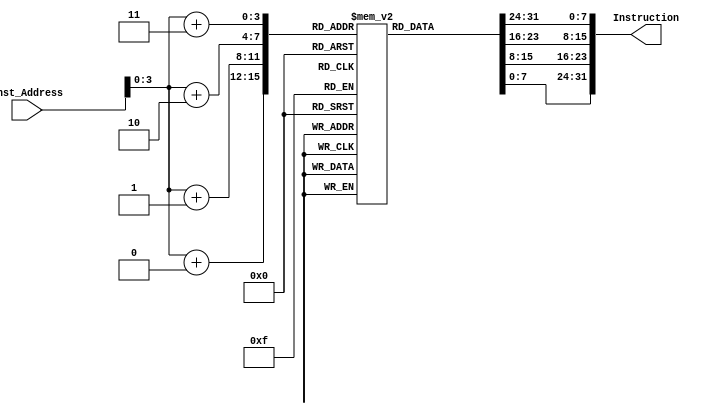
module Instruction_Memory(
  input [63:0] Inst_Address,
  output reg [31:0] Instruction

);
  
  reg [7:0] Instruction_Memory [15:0];
  
  initial
    begin 
      
      Instruction_Memory[7] = 8'b00000000;   // this 2nd
      Instruction_Memory[6] = 8'b10100;    // addi x9, x9, 1
      Instruction_Memory[5] = 8'b10000100;     // Start the binary code from left into 0
      Instruction_Memory[4] = 8'b10010011;
      
      Instruction_Memory[3] = 8'b00000000;		// sabse pahle ye chalaygi
      Instruction_Memory[2] = 8'b10011010;    // add x9, x21, x9
      Instruction_Memory[1] = 8'b10000100;     // Start the binary code from right into 0
      Instruction_Memory[0] = 8'b10110011;
      
    end
  
  always @ (Inst_Address)
    begin
      Instruction = {Instruction_Memory[Inst_Address+3], Instruction_Memory[Inst_Address+2], Instruction_Memory[Inst_Address+1], Instruction_Memory[Inst_Address+0]};
    end
  
endmodule